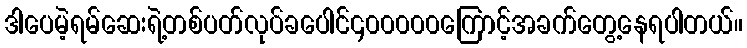
ဒါပေမဲ့ရမ်ဆေးရဲ့တစ်ပတ်လုပ်ခပေါင်၄၀၀၀၀၀ကြောင့်အခက်တွေ့နေရပါတယ်။